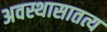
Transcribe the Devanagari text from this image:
अवस्थासातत्य